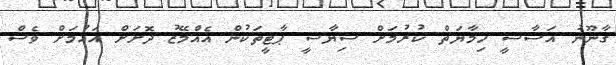
ގާނޫނު އަސާސީ ހިމާޔަތް ކުރުމަށް ސިޔާސީ ޕާޓީތަކުން އެއްމޭޒު ދޮށަށް އައުމަށް ވެސް